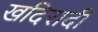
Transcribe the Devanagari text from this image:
खदिरादी